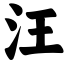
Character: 汪